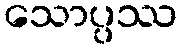
သောပ္ပဿ